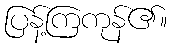
ပြန့်ကြကုန်၏။